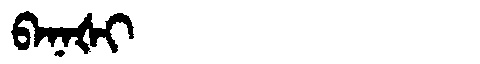
Manchu: ᠪᠠᠨᠠᡧᡳ
Romanization: BANAŠI